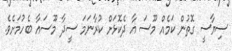
ސިޔާސީ ގޮތުން ކަމެއް މޫސަ އާ ދެކޮޅަށް ކުރާނަމަ ސީދާ މޫސައާ ބެހުމަށެވެ.